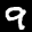
Label: 9